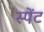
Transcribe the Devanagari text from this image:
स्पेंट